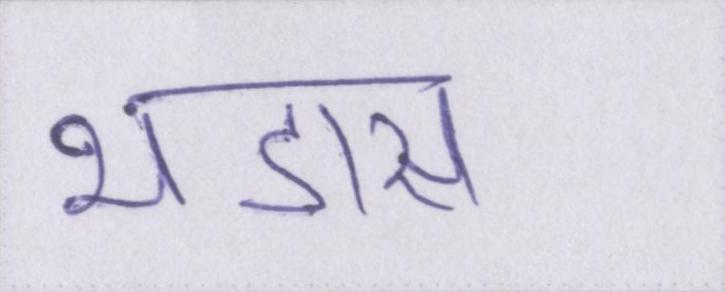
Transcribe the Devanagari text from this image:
भडास